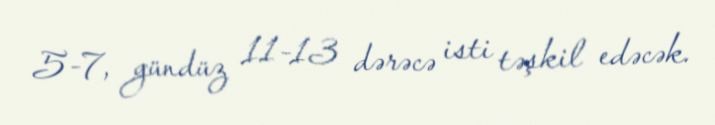
5-7, gündüz 11-13 dərəcə isti təşkil edəcək.